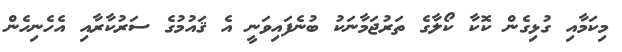
މިކަމާއި ގުޅިގެން ކޮކާ ކޯލާގެ ތަރުޖަމާނަކުު ބުނެފައިވަނީ އެ ޤައުމުގެ ސަރުކާރާއި އެހެނިހެން